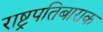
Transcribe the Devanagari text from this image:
राष्ट्रपतिबाराक